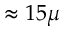
\approx 1 5 \mu